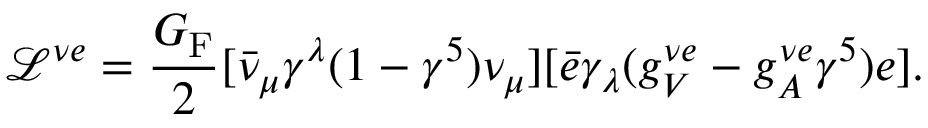
\mathcal { L } ^ { \nu e } = \frac { G _ { \mathrm { F } } } { 2 } [ \bar { \nu } _ { \mu } \gamma ^ { \lambda } ( 1 - \gamma ^ { 5 } ) \nu _ { \mu } ] [ \bar { e } \gamma _ { \lambda } ( g _ { V } ^ { \nu e } - g _ { A } ^ { \nu e } \gamma ^ { 5 } ) e ] .